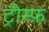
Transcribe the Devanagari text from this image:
ट्रौम्फ़